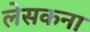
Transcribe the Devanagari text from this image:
लेसकना